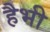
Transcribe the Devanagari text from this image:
हैभी